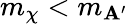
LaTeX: m_{\chi}<m_{\mathbf{A}^{\prime}}